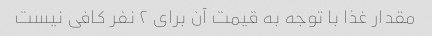
مقدار غذا با توجه به قیمت آن برای ۲ نفر کافی نیست